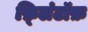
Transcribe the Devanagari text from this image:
फ़्लिंटॉफ़